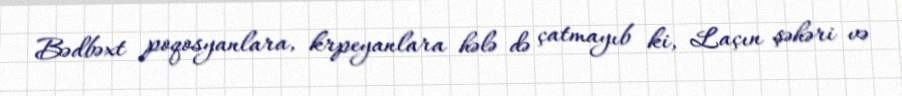
Bədbəxt poqosyanlara, krpeyanlara hələ də çatmayıb ki, Laçın şəhəri və